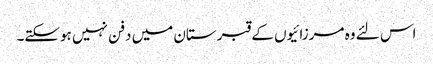
اس لئے وہ مرزائیوں کے قبرستان میں دفن نہیں ہوسکتے۔